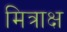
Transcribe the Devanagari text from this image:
मित्राक्ष